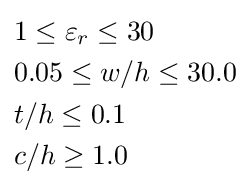
{\begin{aligned}&1\leq \varepsilon _{r}\leq 30\\&0.05\leq w/h\leq 30.0\\&t/h\leq 0.1\\&c/h\geq 1.0\\\end{aligned}}